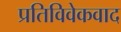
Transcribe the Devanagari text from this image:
प्रतिविवेकवाद